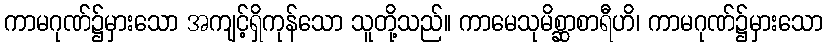
ကာမဂုဏ်၌မှားသော အကျင့်ရှိကုန်သော သူတို့သည်။ ကာမေသုမိစ္ဆာစာရီဟိ၊ ကာမဂုဏ်၌မှားသော